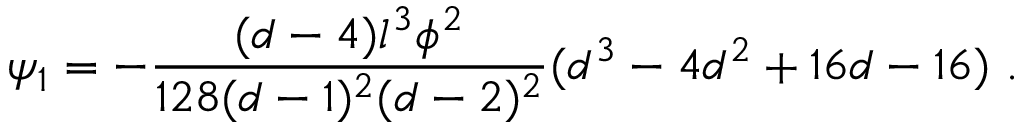
\psi _ { 1 } = - \frac { ( d - 4 ) l ^ { 3 } \phi ^ { 2 } } { 1 2 8 ( d - 1 ) ^ { 2 } ( d - 2 ) ^ { 2 } } ( d ^ { 3 } - 4 d ^ { 2 } + 1 6 d - 1 6 ) ~ .